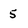
Character: 5